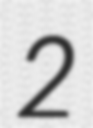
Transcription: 2